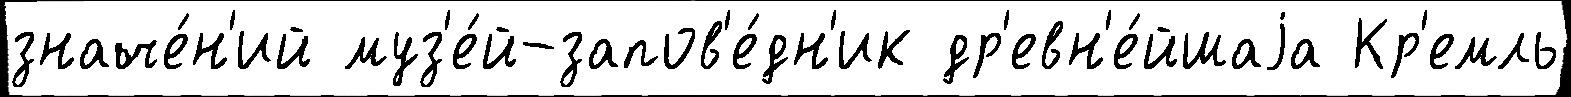
значе́н'ий муз'е́й-запов'е́дн'ик др'евн'е́йшаjа Кр'емль